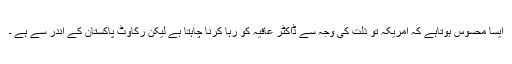
ایسا محسوس ہوتاہے کہ امریکہ تو ذلت کی وجہ سے ڈاکٹر عافیہ کو رہا کرنا چاہتا ہے لیکن رکاوٹ پاکستان کے اندر سے ہے ۔